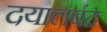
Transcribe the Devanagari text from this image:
दयालबंद